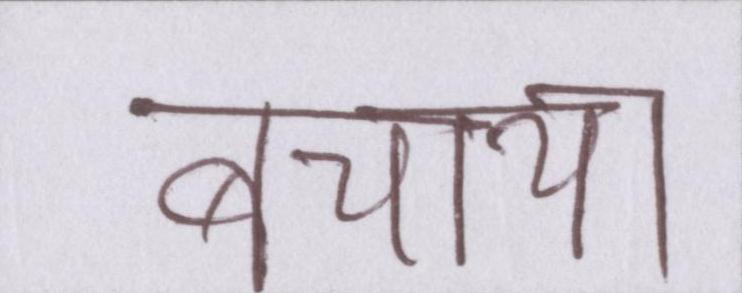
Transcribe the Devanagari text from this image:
बचाया